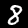
Digit: 8